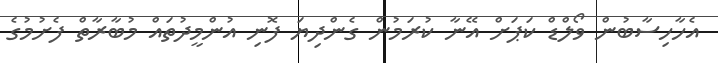
އެހާހިސާބުން ވޯލްޑް ކަޕަށް އޭނާ ކުރަމުން ގެންދިޔަ ފޮނި އުންމީދުތައް މުބާރާތް ފެށުމުގެ